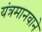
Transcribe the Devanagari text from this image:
यंत्रमानवाने